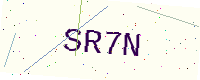
Text: SR7N